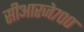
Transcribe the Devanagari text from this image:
सीआरजे७००